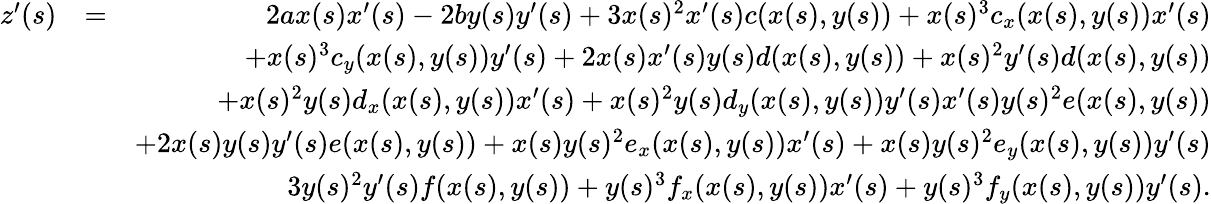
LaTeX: \begin{array}{rlr}{z^{\prime}(s)}&{=}&{2ax(s)x^{\prime}(s)-2by(s)y^{\prime}(s)+3x(s)^{2}x^{\prime}(s)c(x(s),y(s))+x(s)^{3}c_{x}(x(s),y(s))x^{\prime}(s)}\\ &{}&{+x(s)^{3}c_{y}(x(s),y(s))y^{\prime}(s)+2x(s)x^{\prime}(s)y(s)d(x(s),y(s))+x(s)^{2}y^{\prime}(s)d(x(s),y(s))}\\ &{}&{+x(s)^{2}y(s)d_{x}(x(s),y(s))x^{\prime}(s)+x(s)^{2}y(s)d_{y}(x(s),y(s))y^{\prime}(s)x^{\prime}(s)y(s)^{2}e(x(s),y(s))}\\ &{}&{+2x(s)y(s)y^{\prime}(s)e(x(s),y(s))+x(s)y(s)^{2}e_{x}(x(s),y(s))x^{\prime}(s)+x(s)y(s)^{2}e_{y}(x(s),y(s))y^{\prime}(s)}\\ &{}&{3y(s)^{2}y^{\prime}(s)f(x(s),y(s))+y(s)^{3}f_{x}(x(s),y(s))x^{\prime}(s)+y(s)^{3}f_{y}(x(s),y(s))y^{\prime}(s).}\end{array}